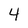
Character: 4